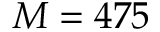
M = 4 7 5